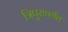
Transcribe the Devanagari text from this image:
त्रिपुरापर्यंत